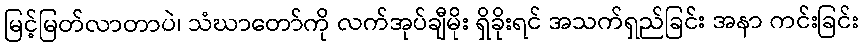
မြင့်မြတ်လာတာပဲ၊ သံဃာတော်ကို လက်အုပ်ချီမိုး ရှိခိုးရင် အသက်ရှည်ခြင်း အနာ ကင်းခြင်း